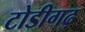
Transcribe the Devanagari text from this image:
टोडीगढ़